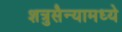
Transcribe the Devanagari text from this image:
शत्रुसैन्यामध्ये